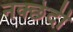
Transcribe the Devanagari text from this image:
नक्छेदी